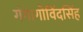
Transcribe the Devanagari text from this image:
गंगागोविंदसिंह